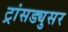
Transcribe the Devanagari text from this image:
ट्रांसड्युसर